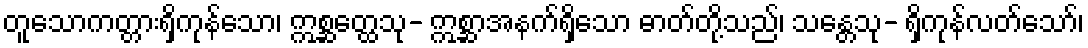
တူသောကတ္တားရှိကုန်သော၊ ဣစ္ဆတ္ထေသု- ဣစ္ဆာအနက်ရှိသော ဓာတ်တို့သည်၊ သန္တေသု- ရှိကုန်လတ်သော်၊